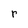
Character: r